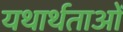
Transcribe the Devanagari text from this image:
यथार्थताओं